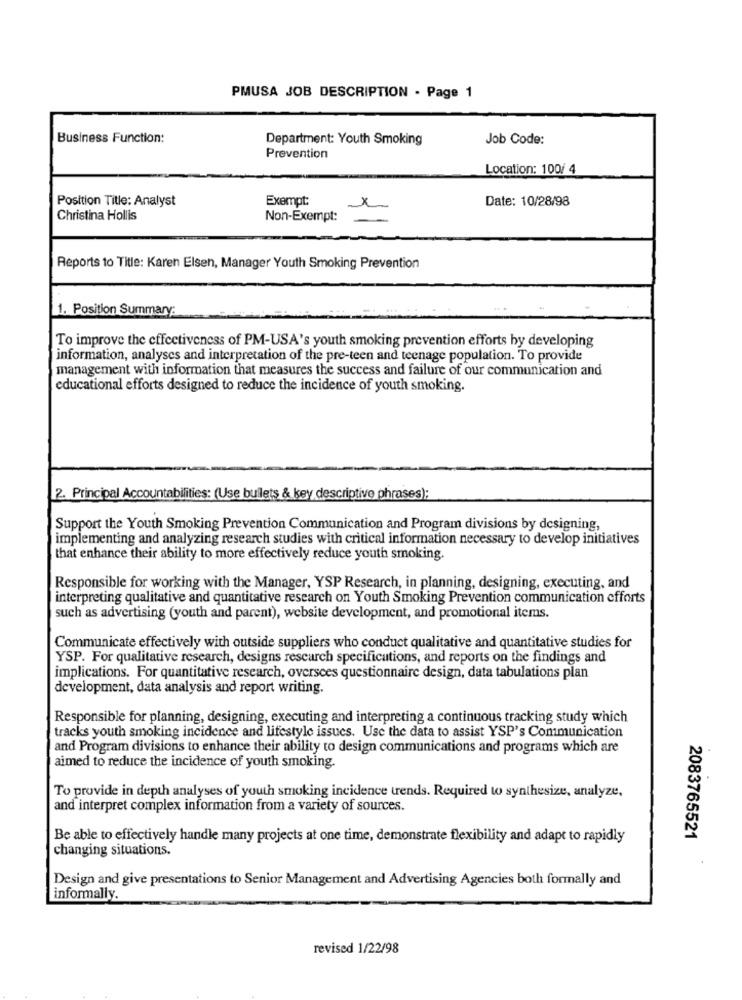
PMUSA JOB DESCRIPTION - Page 1
Business Function:
Department: Youth Smoking
Job Code:
Prevention
Location: 100/ 4
Position Title: Analyst
Exempt:
Date: 10/28/98
Christina Hollis
Non-Exempt:
Reports to Title: Karen Elsen, Manager Youth Smoking Prevention
1. Position Summary:
To improve the effectiveness of PM-USA's youth smoking prevention efforts by developing
information, analyses and interpretation of the pre-teen and teenage population. To provide
management with information that measures the success and failure of our communication and
educational efforts designed to reduce the incidence of youth smoking.
2. Principal Accountabilities: (Use bullets & key descriptive phrases);
Support the Youth Smoking Prevention Communication and Program divisions by designing,
implementing and analyzing research studies with critical information necessary to develop initiatives
that enhance their ability to more effectively reduce youth smoking.
Responsible for working with the Manager, YSP Research, in planning, designing, executing, and
interpreting qualitative and quantitative research on Youth Smoking Prevention communication efforts
such as advertising (youth and parent), website development, and promotional items.
Communicate effectively with outside suppliers who conduct qualitative and quantitative studies for
YSP. For qualitative research, designs research specifications, and reports on the findings and
implications. For quantitative research, oversees questionnaire design, data tabulations plan
development, data analysis and report writing.
Responsible for planning, designing, executing and interpreting a continuous tracking study which
tracks youth smoking incidence and lifestyle issues. Use the data to assist YSP's Communication
and Program divisions to enhance their ability to design communications and programs which are
aimed to reduce the incidence of youth smoking.
To provide in depth analyses of youth smoking incidence trends. Required to synthesize, analyze.
and interpret complex information from a variety of sources.
Be able to effectively handle many projects at one time, demonstrate flexibility and adapt to rapidly
2083765521
changing situations.
Design and give presentations to Senior Management and Advertising Agencies both formally and
informally.
revised 1/22/98